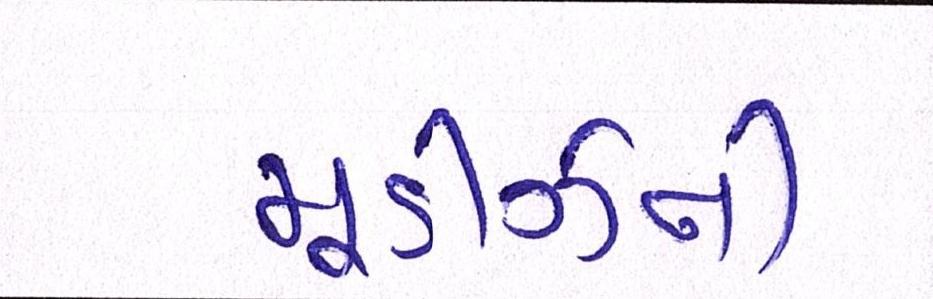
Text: મૂડીઝની